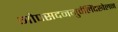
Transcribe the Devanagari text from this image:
गोपसदनगुर्वलिंदखेलन